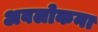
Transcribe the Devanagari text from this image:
अवलोकना